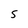
Character: S